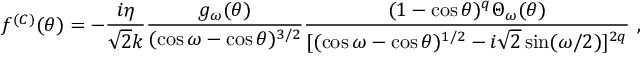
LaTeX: f ^ { ( C ) } ( \theta ) = - \frac { i \eta } { \sqrt 2 k } \frac { g _ { \omega } ( \theta ) } { ( \cos \omega - \cos \theta ) ^ { 3 / 2 } } \frac { ( 1 - \cos \theta ) ^ { q } \Theta _ { \omega } ( \theta ) } { [ ( \cos \omega - \cos \theta ) ^ { 1 / 2 } - i \sqrt 2 \sin ( \omega / 2 ) ] ^ { 2 q } } \ ,